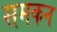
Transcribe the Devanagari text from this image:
समकन